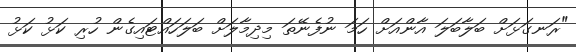
"ރަނގަޅަށް ބަލާބަލަ އާންއަށް ހަމަ ނުފެނޭތަ މިދިމާލަށް ބަލަހައްޓައިގެން ހުރި ކަޅު ކަޅު